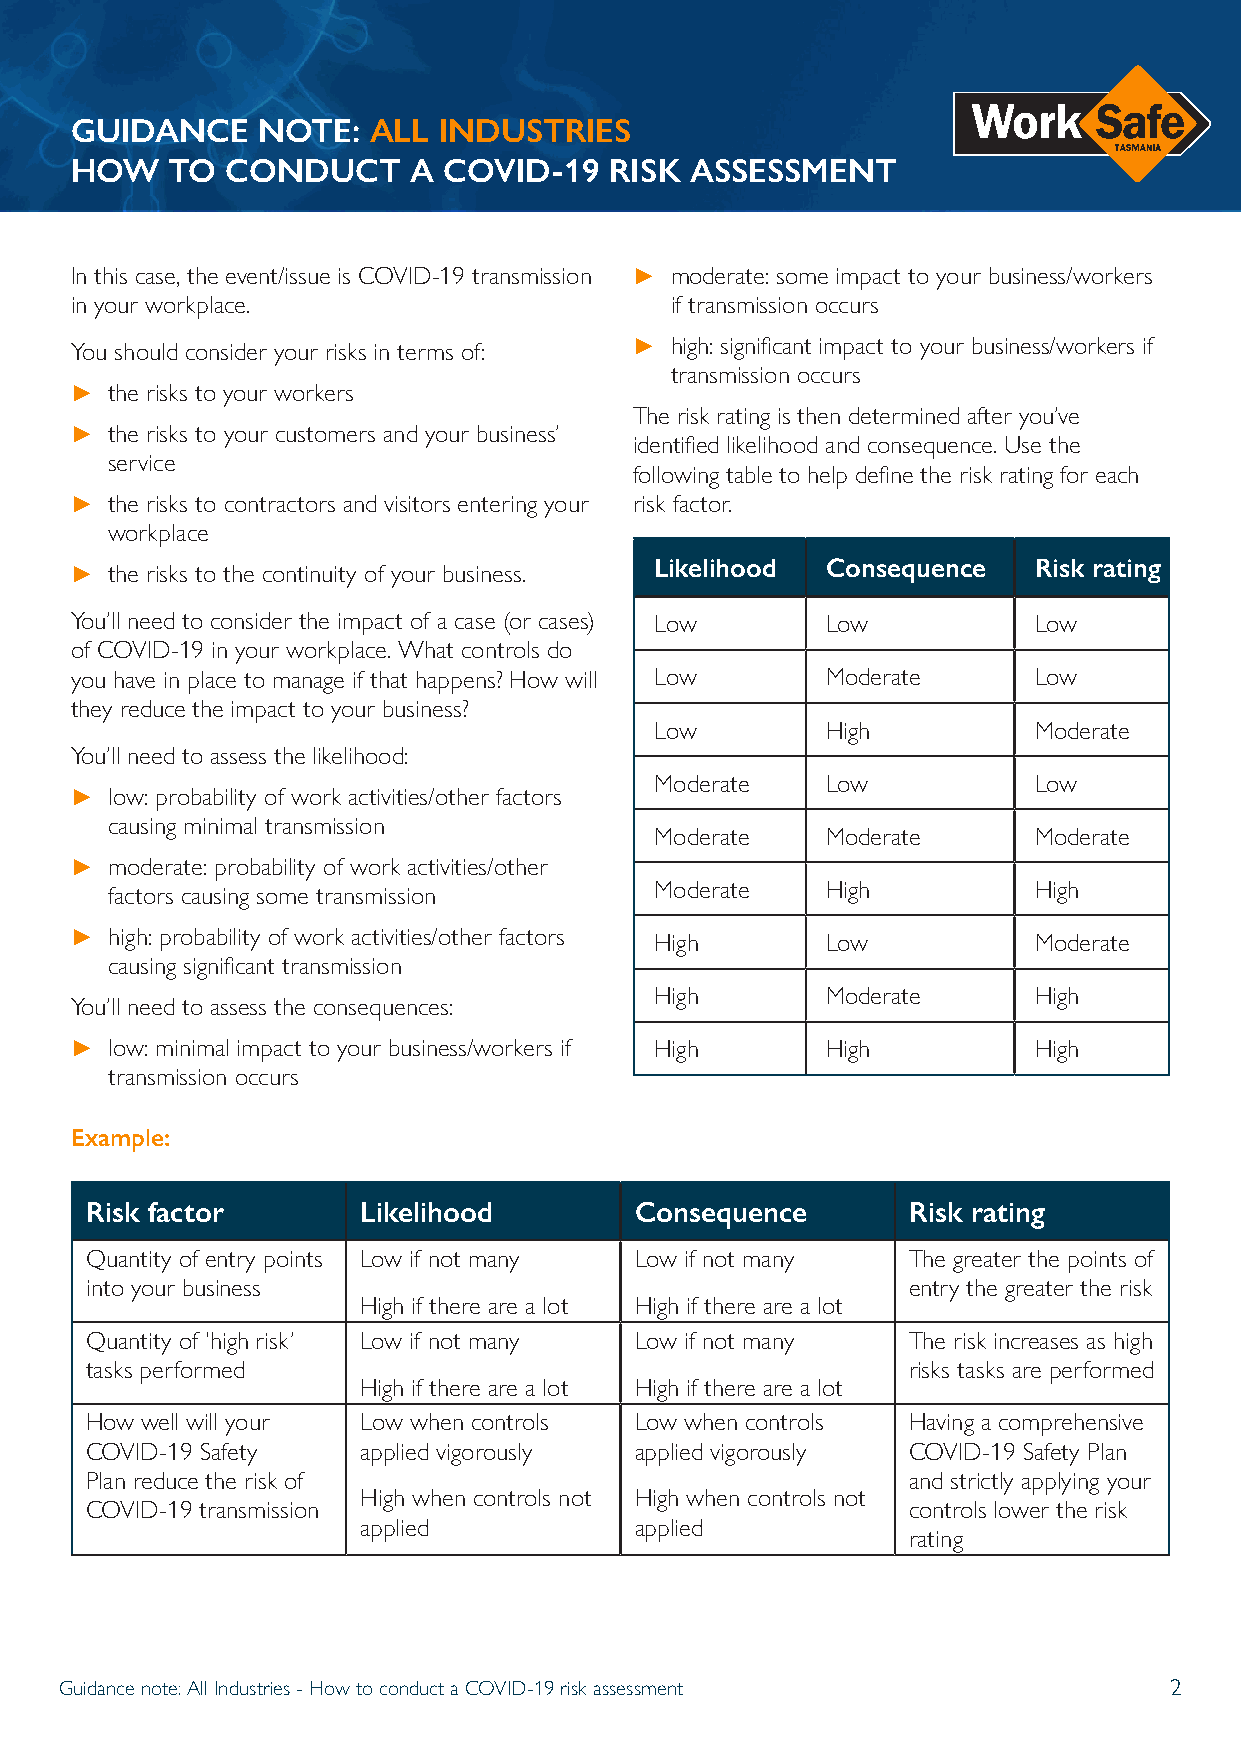
GUIDANCE    NOTE:  ALL  INDUSTRIES
 HOW   TO  CONDUCT     A COVID-19   RISK  ASSESSMENT
 In this case, the event/issue is COVID-19 transmission ► moderate: some impact to your business/workers
 in your workplace.                     if transmission occurs
 You should consider your risks in terms of: ► high: significant impact to your business/workers if
 transmission occurs
 ► the risks to your workers
 The risk rating is then determined after you’ve
 ► the risks to your customers and your business’
 identified likelihood and consequence. Use the
 service
 following table to help define the risk rating for each
 ► the risks to contractors and visitors entering your risk factor.
 workplace
 ► the risks to the continuity of your business. Likelihood Consequence Risk rating
 You’ll need to consider the impact of a case (or cases) Low Low Low
 of COVID-19 in your workplace. What controls do
 you have in place to manage if that happens? How will Low Moderate Low
 they reduce the impact to your business?
 Low         High         Moderate
 You’ll need to assess the likelihood:
 Moderate    Low          Low
 ► low: probability of work activities/other factors
 causing minimal transmission
 Moderate    Moderate     Moderate
 ► moderate: probability of work activities/other
 factors causing some transmission   Moderate    High         High
 ► high: probability of work activities/other factors High Low  Moderate
 causing significant transmission
 High        Moderate     High
 You’ll need to assess the consequences:
 ► low: minimal impact to your business/workers if High High    High
 transmission occurs
 Example:
 Risk factor       Likelihood        Consequence       Risk rating
 Quantity of entry points Low if not many Low if not many The greater the points of
 into your business                                    entry the greater the risk
 High if there are a lot High if there are a lot
 Quantity of ‘high risk’ Low if not many Low if not many The risk increases as high
 tasks performed                                       risks tasks are performed
 High if there are a lot High if there are a lot
 How well will your Low when controls Low when controls Having a comprehensive
 COVID-19 Safety   applied vigorously applied vigorously COVID-19 Safety Plan
 Plan reduce the risk of                               and strictly applying your
 High when controls not High when controls not
 COVID-19 transmission                                 controls lower the risk
 applied           applied
 rating
 Guidance note: All Industries - How to conduct a COVID-19 risk assessment 2